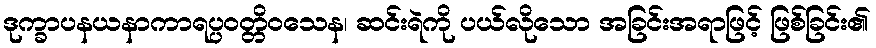
ဒုက္ခာပနယနာကာရပ္ပဝတ္တိဝသေန၊ ဆင်းရဲကို ပယ်လိုသော အခြင်းအရာဖြင့် ဖြစ်ခြင်း၏